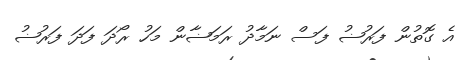
އެ ގޮތުން ފަރުޟު ފަސް ނަމާދު ރަމަޟާން މަހު ރޯދަ ފަދަ ފަރުޟު